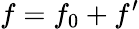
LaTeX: f=f_{0}+f^{\prime}